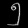
Digit: ၅